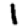
Digit: 1